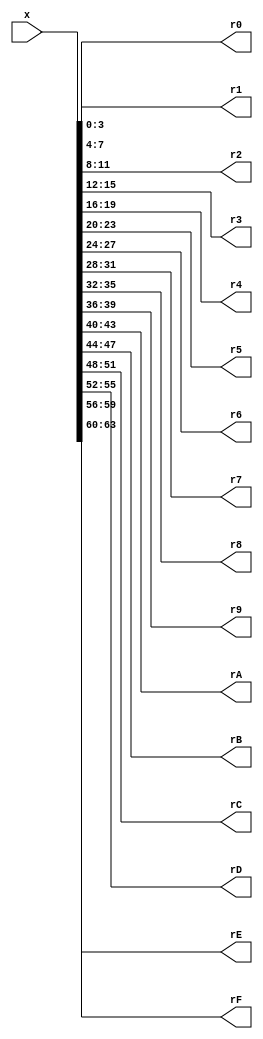
/*
Modules:
split_0     (input x_64;          output 10h * r{%X}_4)
    for (i=0Fh; i>=0; --i) ri = x[i];
merge_0     (input 10h * x{%X}_4; output r_64         )
    for (i=0Fh; i>=0; --i) r[i] = xi;
key_addition(input x_64, k_80;    output r_64         )
    for (i=40h; i; --i) r[-i] = x[-i] ^ k[-i];
perm        (input x_64;          output r_64         )
    for (i=3Fh; i>=0; --i) r[i] = x[i/10h + i%10h*4];
sbox        (input x_4;           output r_4          )
*/ 

// Modules that split x into n subwords where r_i is the i-th subword for 0 <= i < n; the size of subwords depends on the module (i.e., the number and size of the inputs and outputs).  However, we always have that the 0-th subword r_0 is the least-significant within x,  and the (n-1)-th subword r_{n-1} the most-significant.

module split_0(
    input  wire [63:0] x,
    output wire [3:0] r0,
    output wire [3:0] r1,
    output wire [3:0] r2,
    output wire [3:0] r3,
    output wire [3:0] r4,
    output wire [3:0] r5,
    output wire [3:0] r6,
    output wire [3:0] r7,
    output wire [3:0] r8,
    output wire [3:0] r9,
    output wire [3:0] rA,
    output wire [3:0] rB,
    output wire [3:0] rC,
    output wire [3:0] rD,
    output wire [3:0] rE,
    output wire [3:0] rF
);

assign {rF, rE, rD, rC, rB, rA, r9, r8, r7, r6, r5, r4, r3, r2, r1, r0} = x;

endmodule

// Modules that merge r from n subwords where x_i is the i-th subword for 0 <= i < n; the size of subwords depends on the module (i.e., the number and size of the inputs and outputs).  However, we always have that the 0-th subword x_0 is the least-significant within r, and the (n-1)-th subword x_{n-1} the most-significant. 

module merge_0(
    input  wire [3:0] x0,
    input  wire [3:0] x1,
    input  wire [3:0] x2,
    input  wire [3:0] x3,
    input  wire [3:0] x4,
    input  wire [3:0] x5,
    input  wire [3:0] x6,
    input  wire [3:0] x7,
    input  wire [3:0] x8,
    input  wire [3:0] x9,
    input  wire [3:0] xA,
    input  wire [3:0] xB,
    input  wire [3:0] xC,
    input  wire [3:0] xD,
    input  wire [3:0] xE,
    input  wire [3:0] xF,
    output wire [63:0] r
);

assign r = {xF, xE, xD, xC, xB, xA, x9, x8, x7, x6, x5, x4, x3, x2, x1, x0};

endmodule

// A module that implements the PRESENT key addition operation, which takes a key k and XORs it with a state x; the idea is to abstract away the fact that we need to use only a subset of bits of k to form the actual round key.

module key_addition(
    input  wire [63:0] x,
    input  wire [79:0] k,
    output wire [63:0] r
);

assign r = x ^ k[79:16];
   
endmodule

// A module that implements the PRESENT permutation (or permulation layer more specifically), computing the 64-bit output r = f(x) given a 64-bit input x.

module perm(
    input  wire [63:0] x,
    output wire [63:0] r
);

assign r = {x[63], x[59], x[55], x[51], x[47], x[43], x[39], x[35], x[31], x[27], x[23], x[19], x[15], x[11], x[7], x[3], x[62], x[58], x[54], x[50], x[46], x[42], x[38], x[34], x[30], x[26], x[22], x[18], x[14], x[10], x[6], x[2], x[61], x[57], x[53], x[49], x[45], x[41], x[37], x[33], x[29], x[25], x[21], x[17], x[13], x[9], x[5], x[1], x[60], x[56], x[52], x[48], x[44], x[40], x[36], x[32], x[28], x[24], x[20], x[16], x[12], x[8], x[4], x[0]};

endmodule

// A module that implements the (4-to-4)-bit PRESENT S-box (or substitution box, which is basically a look-up table); it computes the 4-bit output r = S-box(x) given a 4-bit input x.     

module sbox(
    input  wire [3:0] x,
    output wire [3:0] r
);

reg [3:0] t;

assign r = t;

always @ (x) begin
    case(x)
        4'h0 : t = 4'hC;
        4'h1 : t = 4'h5;
        4'h2 : t = 4'h6;
        4'h3 : t = 4'hB;
        4'h4 : t = 4'h9;
        4'h5 : t = 4'h0;
        4'h6 : t = 4'hA;
        4'h7 : t = 4'hD;
        4'h8 : t = 4'h3;
        4'h9 : t = 4'hE;
        4'hA : t = 4'hF;
        4'hB : t = 4'h8;
        4'hC : t = 4'h4;
        4'hD : t = 4'h7;
        4'hE : t = 4'h1;
        4'hF : t = 4'h2;
    endcase
end

endmodule